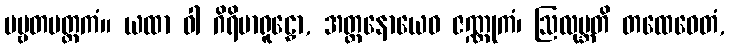
ပဗ္ဗတမတ္ထကံ။ ယထာ ဝါ ဂိရိမာရူဠှော, အတ္တနောယေဝ ဇဏ္ဏုကံ၊ ဩလုဗ္ဘတိ တထေဝေတံ,